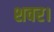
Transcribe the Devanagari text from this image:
शवर।